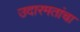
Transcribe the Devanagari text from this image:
उदारमतांचा